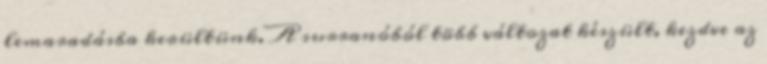
lemaradásba kerültünk. A surranóból több változat készült, kezdve az